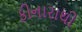
કીનારાથી